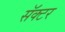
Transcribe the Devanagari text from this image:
सॅक्टर